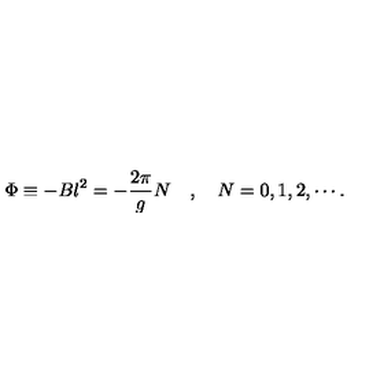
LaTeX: \Phi \equiv - B l ^ { 2 } = - \frac { 2 \pi } { g } N \quad , \quad N = 0 , 1 , 2 , \cdots .